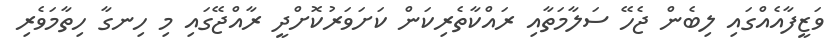
ވަޒީފާއެއްގައި ލިބެން ޖެހޭ ސަލާމަތާއި ރައްކާތެރިކަން ކަށަވަރުކޮށްދީ ރާއްޖޭގައި މި ހިނގާ ހިތާމަވެރި